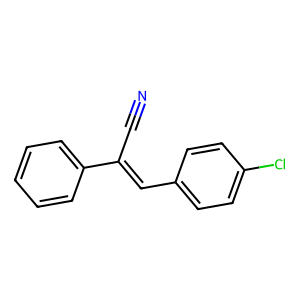
SMILES: N#CC(=Cc1ccc(Cl)cc1)c1ccccc1
Inhibits HIV replication: No